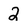
Character: 2